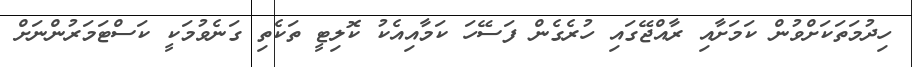
ހިދުމަތަކަށްވުން ކަމަށާއި ރާއްޖޭގައި ހުރެގެން ފަސޭހަ ކަމާއިއެކު ކޮލިޓީ ތަކެތި ގަނެވުމަކީ ކަސްޓަމަރުންނަށް